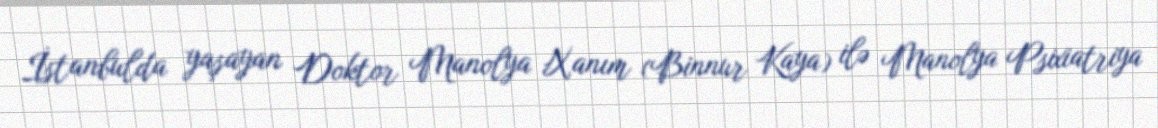
İstanbulda yaşayan Doktor Manolya Xanım (Binnur Kaya) ilə Manolya Psixiatriya